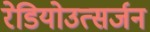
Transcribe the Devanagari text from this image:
रेडियोउत्सर्जन